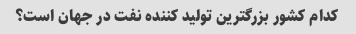
کدام کشور بزرگترین تولید کننده نفت در جهان است؟